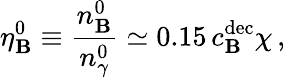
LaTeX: \eta_{\mathbf{B}}^{0}\equiv\frac{{n_{\mathbf{B}}^{0}}}{{n_{\gamma}^{0}}}\simeq0.15\, c_{\mathbf{B}}^{\mathrm{{dec}}}\chi\, ,